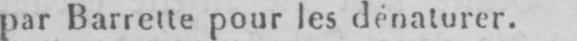
par Barrette pour les dénaturer.